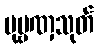
ပုဗ္ဗဏှသုတ်